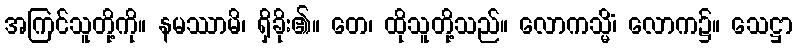
အကြင်သူတို့ကို။ နမဿာမိ၊ ရှိခိုး၏။ တေ၊ ထိုသူတို့သည်။ လောကသ္မိံ၊ လောက၌။ သေဋ္ဌာ